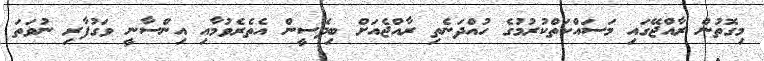
މިގޮތުން ރާއްޖޭގައި މަސައްކަތްކުރުމުގެ ހުއްދަނެތި ރާއްޖެއަށް ބިދޭސީން އެތެރެވުމާއި އިންސާނީ ވަގުފާރި ނުވަތަ